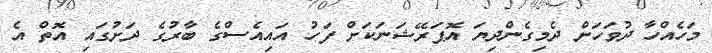
މަހެއްހާ ދުވަހަށް ދެމިގެންދިޔަ އޮޕަރޭޝަނަކަށް ފަހު އައިއެސްގެ ބާރުގެ ދަށުގައި އޮތް އެ